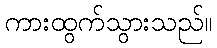
ကားထွက်သွားသည်။